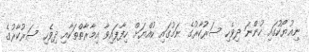
ނިއުޔޯކުގައި ހުންނަ ދިވެހި ސަރުކާރުގެ ނަމުގައި ކުއްޔަށް ހިފާފައިވާ އިމާރާތްތަކާއި ދިވެހި ސަރުކާރުގެ